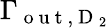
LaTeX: \Gamma_{\mathrm{~o~u~t~},\mathrm{~D~}_{2}}